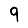
Digit: 9